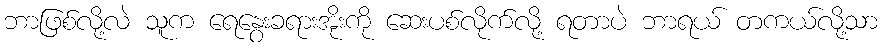
ဘာဖြစ်လို့လဲ သူက ရေနွေးခရားအိုးကို ဆေးပစ်လိုက်လို့ ရတာပဲ ဘာရယ် တကယ်လို့သာ